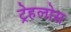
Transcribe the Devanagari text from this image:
ट्रेहलोस